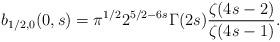
LaTeX: \begin{align*}b_{1/2,0}(0,s) = \pi^{1/2}2^{5/2-6s}\Gamma(2s)\frac{\zeta(4s-2)}{\zeta(4s-1)}.\end{align*}